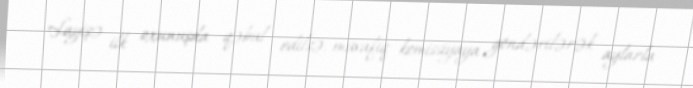
Layişə ilk oxunuşda qəbul edilsə, müvafiq komissiyaya göndərilərək aylarla